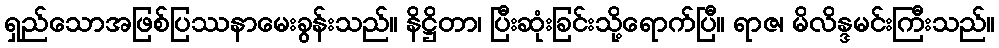
ရှည်သောအဖြစ်ပြဿနာမေးခွန်းသည်။ နိဋ္ဌိတာ၊ ပြီးဆုံးခြင်းသို့ရောက်ပြီ။ ရာဇ၊ မိလိန္ဒမင်းကြီးသည်။